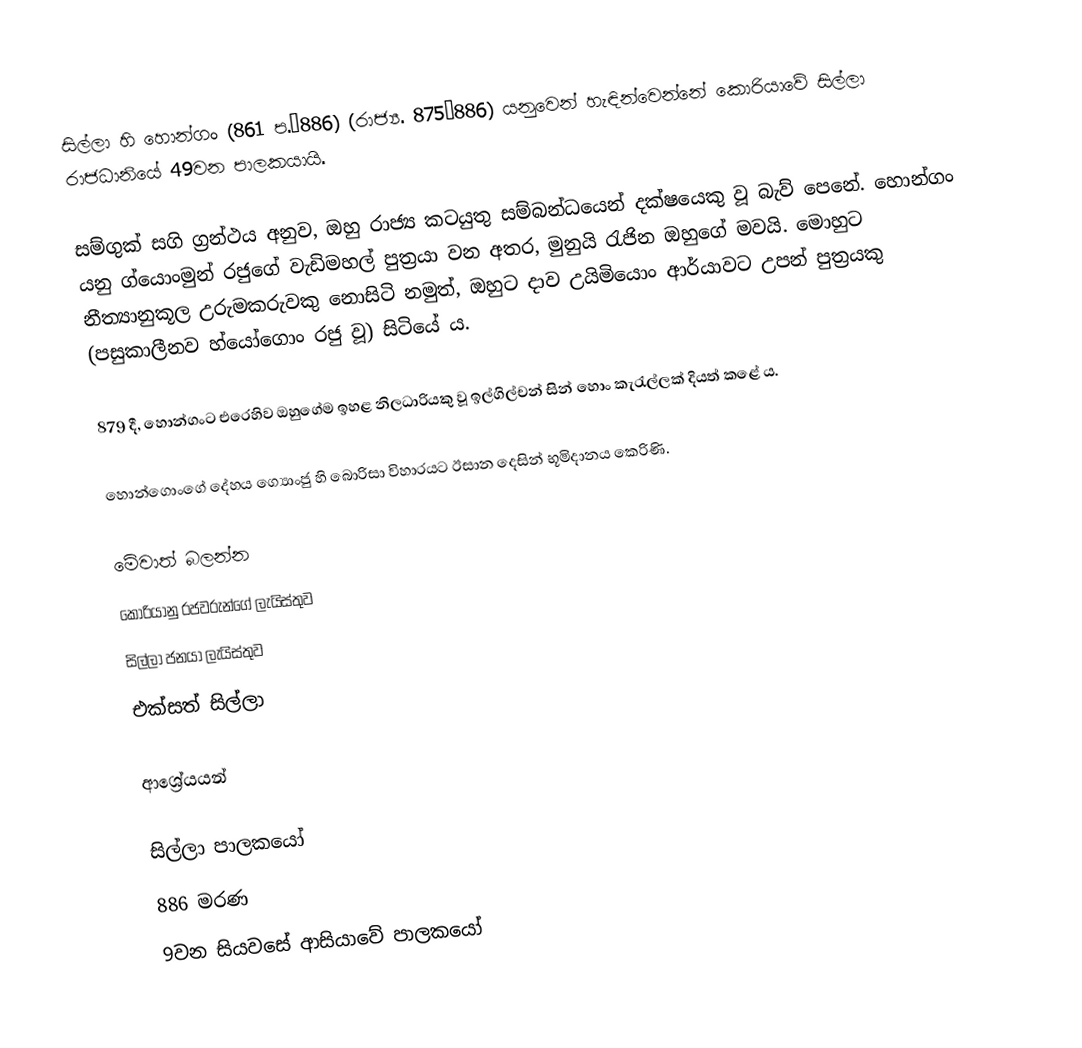
සිල්ලා හි හොන්ගං (861 ප.–886) (රාජ්‍ය. 875–886) යනුවෙන් හැඳින්වෙන්නේ කොරියාවේ සිල්ලා රාජධානියේ 49වන පාලකයායි.

සම්ගුක් සගි ග්‍රන්ථය අනුව, ඔහු රාජ්‍ය කටයුතු සම්බන්ධයෙන් දක්ෂයෙකු වූ බැව් පෙනේ.  හොන්ගං යනු ග්යොංමුන් රජුගේ වැඩිමහල් පුත්‍රයා වන අතර, මුනුයි රැජින ඔහුගේ මවයි. මොහුට නීත්‍යානුකූල උරුමකරුවකු නොසිටි නමුත්, ඔහුට දාව උයිමියොං ආර්යාවට උපන් පුත්‍රයකු (පසුකාලීනව හ්යෝගොං රජු වූ) සිටියේ ය.

879 දී, හොන්ගංට එරෙහිව ඔහුගේම ඉහළ නිලධාරියකු වූ ඉල්ගිල්චන් සින් හොං කැරැල්ලක් දියත් කළේ ය.

හොන්ගොංගේ දේහය ග්‍යොංජු හි බොරිසා විහාරයට ඊසාන දෙසින් භූමිදානය කෙරිණි.

මේවාත් බලන්න
කොරියානු රජවරුන්ගේ ලැයිස්තුව
සිල්ලා ජනයා ලැයිස්තුව
එක්සත් සිල්ලා

ආශ්‍රේයයන්

සිල්ලා පාලකයෝ
886 මරණ
9වන සියවසේ ආසියාවේ පාලකයෝ